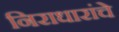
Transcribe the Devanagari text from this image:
निराधारांचे